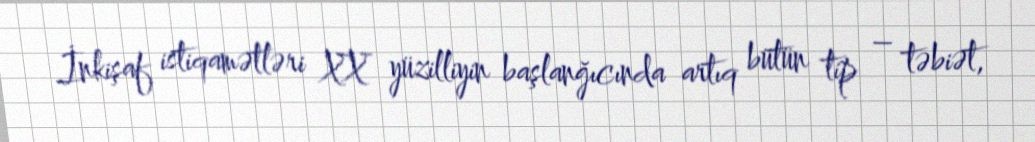
İnkişaf istiqamətləri XX yüzilliyin başlanğıcında artıq bütün tip – təbiət,